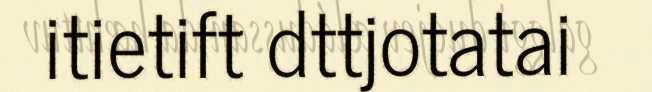
itietift dttjotatai